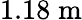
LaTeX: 1.18\; \mathrm{m}